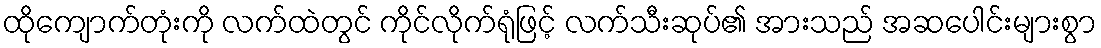
ထိုကျောက်တုံးကို လက်ထဲတွင် ကိုင်လိုက်ရုံဖြင့် လက်သီးဆုပ်၏ အားသည် အဆပေါင်းများစွာ